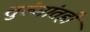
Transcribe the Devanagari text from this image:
तुरुंगांतही